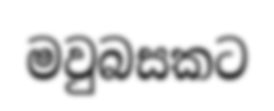
මවුබසකට